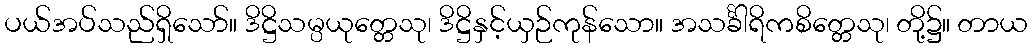
ပယ်အပ်သည်ရှိသော်။ ဒိဋ္ဌိသမ္ပယုတ္တေသု၊ ဒိဋ္ဌိနှင့်ယှဉ်ကုန်သော။ အသင်္ခါရိကစိတ္တေသု၊ တို့၌။ တာယ